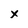
Character: X